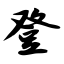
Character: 登